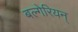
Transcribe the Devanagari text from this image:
बल्गेरियन्